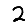
Digit: 2